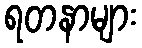
ရတနာများ